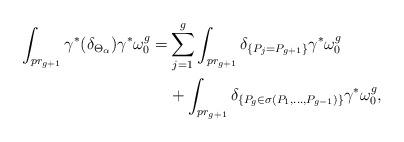
LaTeX: \begin{align*}\int_{pr_{g+1}}\gamma^* (\delta_{\Theta_{\alpha}}) \gamma^*\omega_0^{g}=&\sum_{j=1}^g\int_{pr_{g+1}}\delta_{\lbrace P_j=P_{g+1}\rbrace}\gamma^*\omega_0^g\\&+\int_{pr_{g+1}}\delta_{\lbrace P_g\in\sigma(P_1,\dots,P_{g-1})\rbrace}\gamma^*\omega_0^{g},\end{align*}